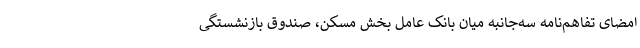
امضای تفاهم‌نامه سه‌جانبه میان بانک عامل بخش مسکن، صندوق بازنشستگی